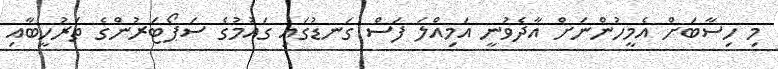
މި ހިސާބަށް އެމީހުންނަށް އާދެވުނީ އަމިއްލަ ފަސް ގަނޑުގައި ގައުމުގެ ސަޕޯޓަރުންގެ ތަރުހީބާއި